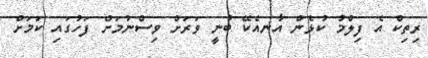
ރިތިކް އެ ފިލްމު ކުޅެން އާނއެކޭ ބުނީ ވަރަށް ވިސްނުމަށް ފަހުގައި ކަމަށް